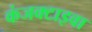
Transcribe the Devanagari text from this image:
कंजक्टाइवा